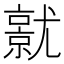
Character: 𡰜